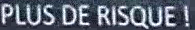
PLUS DE RISQUE!